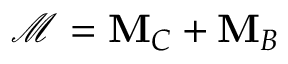
{ \mathcal { M } } = \mathbf { M } _ { C } + \mathbf { M } _ { B }